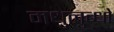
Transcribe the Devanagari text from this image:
मधुलुब्धो